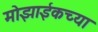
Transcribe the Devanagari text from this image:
मोझाईकच्या